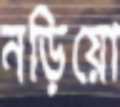
নড়িয়ো